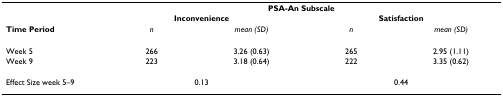
<table><thead><tr><td></td><td colspan="4"><b>PSA-An Subscale</b></td></tr><tr><td></td><td colspan="2"><b>Inconvenience</b></td><td colspan="2"><b>Satisfaction</b></td></tr><tr><td><b>Time Period</b></td><td><b><i>n</i></b></td><td><b><i>mean (SD)</i></b></td><td><b><i>n</i></b></td><td><b><i>mean (SD)</i></b></td></tr></thead><tbody><tr><td>Week 5</td><td>266</td><td>3.26 (0.63)</td><td>265</td><td>2.95 (1.11)</td></tr><tr><td>Week 9</td><td>223</td><td>3.18 (0.64)</td><td>222</td><td>3.35 (0.62)</td></tr><tr><td>Effect Size week 5–9</td><td colspan="2">0.13</td><td colspan="2">0.44</td></tr></tbody></table>